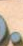
.